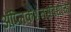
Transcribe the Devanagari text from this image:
ॲप्लिकेशनसंबंधीची